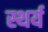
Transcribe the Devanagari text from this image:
स्थर्य